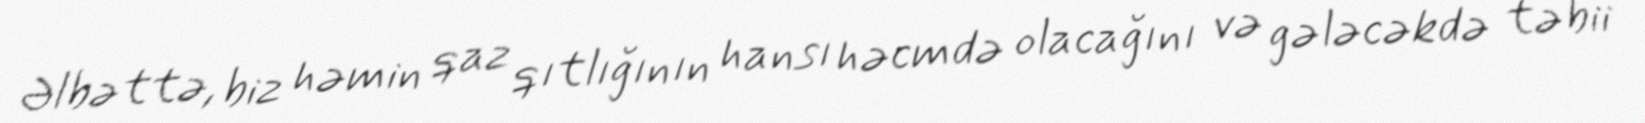
Əlbəttə, biz həmin qaz qıtlığının hansı həcmdə olacağını və gələcəkdə təbii